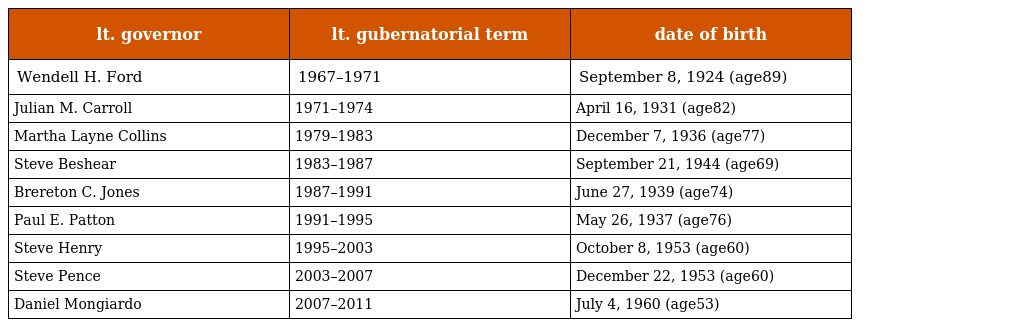
| lt. governor | lt. gubernatorial term | date of birth |
 | --- | --- | --- |
 | Wendell H. Ford | 1967–1971 | September 8, 1924 (age89) |
 | Julian M. Carroll | 1971–1974 | April 16, 1931 (age82) |
 | Martha Layne Collins | 1979–1983 | December 7, 1936 (age77) |
 | Steve Beshear | 1983–1987 | September 21, 1944 (age69) |
 | Brereton C. Jones | 1987–1991 | June 27, 1939 (age74) |
 | Paul E. Patton | 1991–1995 | May 26, 1937 (age76) |
 | Steve Henry | 1995–2003 | October 8, 1953 (age60) |
 | Steve Pence | 2003–2007 | December 22, 1953 (age60) |
 | Daniel Mongiardo | 2007–2011 | July 4, 1960 (age53) |